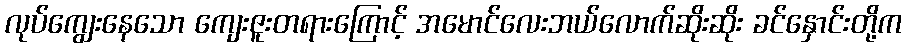
လုပ်ကျွေးနေသော ကျေးဇူးတရားကြောင့် အမောင်လေးဘယ်လောက်ဆိုးဆိုး ခင်နှောင်းတို့က